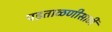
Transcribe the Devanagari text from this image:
पडताळणीसाठी